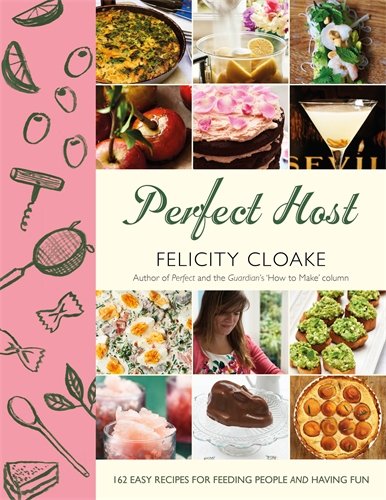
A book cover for Perfect Host; Felicity Cloake; Cookbooks, Food & Wine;